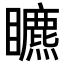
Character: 𥌜